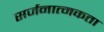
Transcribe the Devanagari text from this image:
सर्जनात्‍मकता